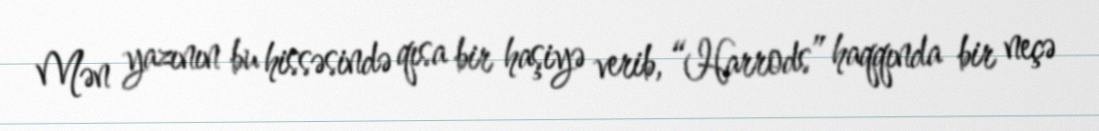
Mən yazının bu hissəsində qısa bir haşiyə verib, “Harrods” haqqında bir neçə